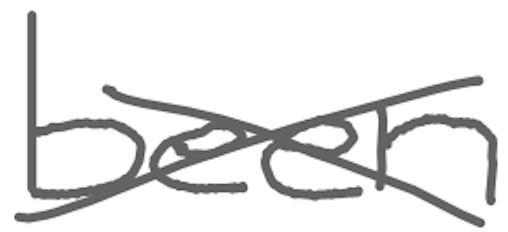
Text: been
Cross-out: cross
Writing tool: digital_gray